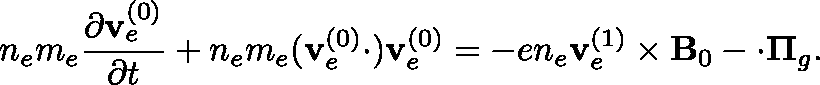
n _ { e } m _ { e } \frac { \partial \mathbf { v } _ { e } ^ { ( 0 ) } } { \partial t } + n _ { e } m _ { e } ( \mathbf { v } _ { e } ^ { ( 0 ) } \cdot \triangledown ) \mathbf { v } _ { e } ^ { ( 0 ) } = - e n _ { e } \mathbf { v } _ { e } ^ { ( 1 ) } \times \mathbf { B } _ { 0 } - \triangledown \cdot \mathbf { \Pi } _ { g } .